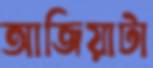
আজিয়াটা